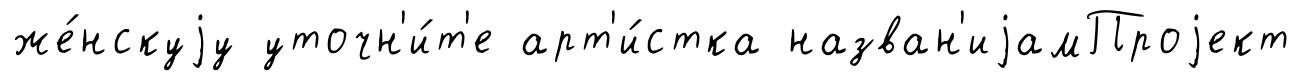
же́нскуjу уточн'и́т'е арт'и́стка назван'иjамПроjект